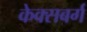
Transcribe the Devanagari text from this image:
केक्सबर्ग